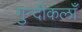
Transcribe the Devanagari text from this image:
गुन्दीकलाँ